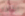
ايقافه